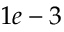
1 e - 3